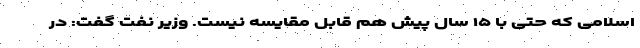
اسلامی که حتی با ۱۵ سال پیش هم قابل مقایسه نیست. وزیر نفت گفت: در